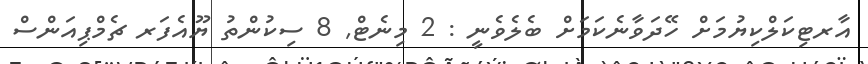
އާރޓިކަލްކިޔުމަށް ހޭދަވާނެކަމަށް ބެލެވެނީ : 2 މިނެޓް